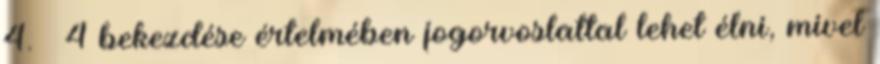
4. § 4 bekezdése értelmében jogorvoslattal lehet élni, mivel